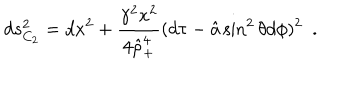
d s _ { C _ { 2 } } ^ { 2 } = d x ^ { 2 } + { \frac { \gamma ^ { 2 } x ^ { 2 } } { 4 \hat { \rho } _ { + } ^ { 4 } } } ( d \tau - \hat { a } \sin ^ { 2 } \theta d \phi ) ^ { 2 } ~ ~ .